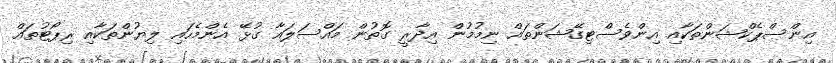
އިންސްޕެކްޝަންތަކާއި އިންވެސްޓިގޭޝަންތައް ނިމުމުން އިދާރީ ގޮތުން މައްސަލައާ ގުޅޭ އެންމެހައި ލިޔުންތަކާއި ރިޕޯޓުތައް